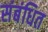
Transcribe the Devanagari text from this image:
संबंधित